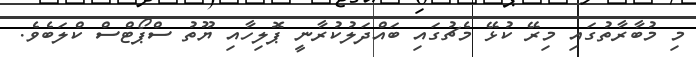
މި މުބާރާތުގައި މިރޭ ކުޅޭ މެޗުގައި ބައްދަލުކުރާނީ ޕޮލިހާއި ޔޫތު ސްޕޯޓްސް ކްލަބެވެ.